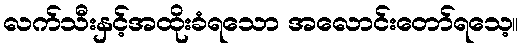
လက်သီးနှင့်အထိုးခံရသော အလောင်းတော်ရသေ့။